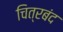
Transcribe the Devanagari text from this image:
चित्रबंद